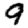
Digit: 9